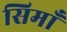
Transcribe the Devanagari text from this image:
सिमाँ